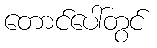
တောင်ပေါ်တွင်